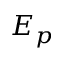
E _ { p }